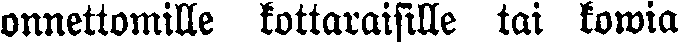
onnettomille kottaraisille tai kowia